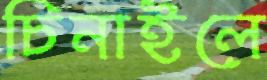
চিনাইলে